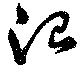
治